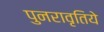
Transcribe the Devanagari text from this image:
पुनरावृतिये